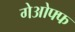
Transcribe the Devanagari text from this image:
गेओफ्फ